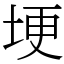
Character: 埂